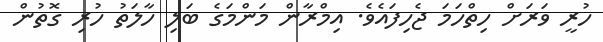
ހުރީ ވަރަށް ހިތްހަމަ ޖެހިފައެވެ. އިމްރާން މަންމަގެ ބަލި ހާލަތު ހުރި ގޮތުން